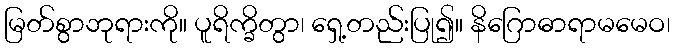
မြတ်စွာဘုရားကို။ ပူရိက္ခိတွာ၊ ရှေ့တည်းပြု၍။ နိဂြောဓာရာမမေဝ၊